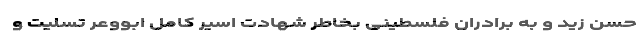
حسن زید و به برادران فلسطینی بخاطر شهادت اسیر کامل ابووعر تسلیت و